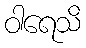
ဝါရေသိ